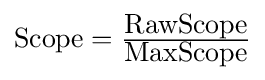
{\hbox{Scope}}={\tfrac {\hbox{RawScope}}{\hbox{MaxScope}}}